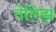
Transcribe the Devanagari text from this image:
वेलिझ